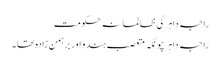
راجہ داہر کی ظالمانہ حکومت
راجہ داہر چونکہ متعصب ہندو اور برہمن زادہ تھا۔